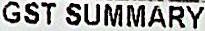
GST SUMMARY